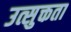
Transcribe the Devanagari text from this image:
उत्सुक्तता